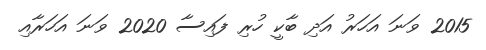
2015 ވަނަ އަހަރު އަދި ބާކީ ހުރި ފައިސާ 2020 ވަނަ އަހަރާއި